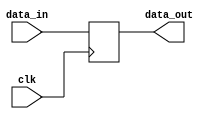
/*
	Authored 2018-2019, Ryan Voo.

	All rights reserved.
	Redistribution and use in source and binary forms, with or without
	modification, are permitted provided that the following conditions
	are met:

	*	Redistributions of source code must retain the above
		copyright notice, this list of conditions and the following
		disclaimer.

	*	Redistributions in binary form must reproduce the above
		copyright notice, this list of conditions and the following
		disclaimer in the documentation and/or other materials
		provided with the distribution.

	*	Neither the name of the author nor the names of its
		contributors may be used to endorse or promote products
		derived from this software without specific prior written
		permission.

	THIS SOFTWARE IS PROVIDED BY THE COPYRIGHT HOLDERS AND CONTRIBUTORS
	"AS IS" AND ANY EXPRESS OR IMPLIED WARRANTIES, INCLUDING, BUT NOT
	LIMITED TO, THE IMPLIED WARRANTIES OF MERCHANTABILITY AND FITNESS
	FOR A PARTICULAR PURPOSE ARE DISCLAIMED. IN NO EVENT SHALL THE
	COPYRIGHT OWNER OR CONTRIBUTORS BE LIABLE FOR ANY DIRECT, INDIRECT,
	INCIDENTAL, SPECIAL, EXEMPLARY, OR CONSEQUENTIAL DAMAGES (INCLUDING,
	BUT NOT LIMITED TO, PROCUREMENT OF SUBSTITUTE GOODS OR SERVICES;
	LOSS OF USE, DATA, OR PROFITS; OR BUSINESS INTERRUPTION) HOWEVER
	CAUSED AND ON ANY THEORY OF LIABILITY, WHETHER IN CONTRACT, STRICT
	LIABILITY, OR TORT (INCLUDING NEGLIGENCE OR OTHERWISE) ARISING IN
	ANY WAY OUT OF THE USE OF THIS SOFTWARE, EVEN IF ADVISED OF THE
	POSSIBILITY OF SUCH DAMAGE.
*/



/*
 *	Pipeline registers
 */



/* IF/ID pipeline registers */ 
module if_id (clk, data_in, data_out);
	input			clk;
	input [63:0]		data_in;
	output reg[63:0]	data_out;

	/*
	 *	This uses Yosys's support for nonzero initial values:
	 *
	 *		https://github.com/YosysHQ/yosys/commit/0793f1b196df536975a044a4ce53025c81d00c7f
	 *
	 *	Rather than using this simulation construct (`initial`),
	 *	the design should instead use a reset signal going to
	 *	modules in the design.
	 */
	initial begin
		data_out = 64'b0;
	end

	always @(posedge clk) begin
		data_out <= data_in;
	end
endmodule



/* ID/EX pipeline registers */ 
module id_ex (clk, data_in, data_out);
	input			clk;
	input [177:0]		data_in;
	output reg[177:0]	data_out;

	/*
	 *	The `initial` statement below uses Yosys's support for nonzero
	 *	initial values:
	 *
	 *		https://github.com/YosysHQ/yosys/commit/0793f1b196df536975a044a4ce53025c81d00c7f
	 *
	 *	Rather than using this simulation construct (`initial`),
	 *	the design should instead use a reset signal going to
	 *	modules in the design and to thereby set the values.
	 */
	initial begin
		data_out = 178'b0;
	end

	always @(posedge clk) begin
		data_out <= data_in;
	end
endmodule



/* EX/MEM pipeline registers */ 
module ex_mem (clk, data_in, data_out);
	input			clk;
	input [154:0]		data_in;
	output reg[154:0]	data_out;

	/*
	 *	The `initial` statement below uses Yosys's support for nonzero
	 *	initial values:
	 *
	 *		https://github.com/YosysHQ/yosys/commit/0793f1b196df536975a044a4ce53025c81d00c7f
	 *
	 *	Rather than using this simulation construct (`initial`),
	 *	the design should instead use a reset signal going to
	 *	modules in the design and to thereby set the values.
	 */
	initial begin
		data_out = 155'b0;
	end

	always @(posedge clk) begin
		data_out <= data_in;
	end
endmodule



/* MEM/WB pipeline registers */ 
module mem_wb (clk, data_in, data_out);
	input			clk;
	input [116:0]		data_in;
	output reg[116:0]	data_out;

	/*
	 *	The `initial` statement below uses Yosys's support for nonzero
	 *	initial values:
	 *
	 *		https://github.com/YosysHQ/yosys/commit/0793f1b196df536975a044a4ce53025c81d00c7f
	 *
	 *	Rather than using this simulation construct (`initial`),
	 *	the design should instead use a reset signal going to
	 *	modules in the design and to thereby set the values.
	 */
	initial begin
		data_out = 117'b0;
	end

	always @(posedge clk) begin
		data_out <= data_in;
	end
endmodule